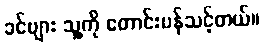
ခင်ဗျား သူ့ကို တောင်းပန်သင့်တယ်။